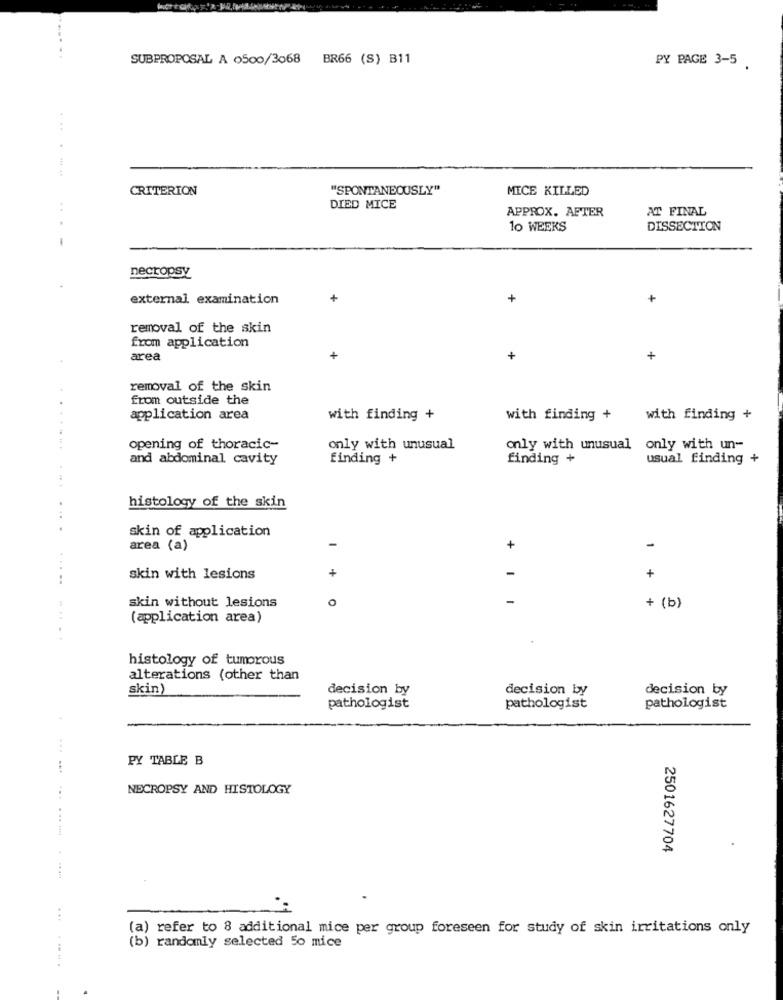
...
SUBPROPOSAL A 0500/3068 BR66 (S) B11
PY PAGE 3-5
....
CRITERION
"SPONTANEOUSLY"
MICE KILLED
..
DIED MICE
APPROX. AFTER
AT FINAL
10 WEEKS
DISSECTION
-
necropsy
external examination
+
removal of the skin
from application
area
+
+
removal of the skin
from outside the
application area
with finding +
with finding +
with finding +
opening of thoracic-
only with unusual
only with unusual only with un-
and abdominal cavity
finding +
finding +
usual finding +
histology of the skin
skin of application
area (a)
+
1
+
.....
skin with lesions
skin without lesions
O
+ (b)
(application area)
. .
histology of tumorous
alterations (other than
skin)
decision by
decision by
decision by
pathologist
pathologist
pathologist
PY TABLE B
NECROPSY AND HISTOLOGY
...
2501627704
...
(a) refer to 8 additional mice per group foreseen for study of skin irritations only
(b) randomly selected 50 mice